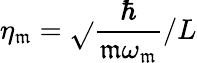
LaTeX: \eta_{\mathfrak{m}}=\sqrt{}{{\frac{{\hbar}}{{\mathfrak{m}\omega_{\mathfrak{m}}}}}}/L